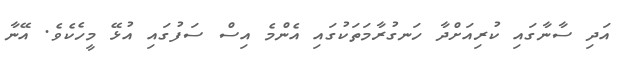
އަދި ސާނާގައި ކުރިއަށްދާ ހަނގުރާމަތަކުގައި އެންމެ އިސް ސަފުގައި އުޅޭ މީހެކެވެ. އޭނާ